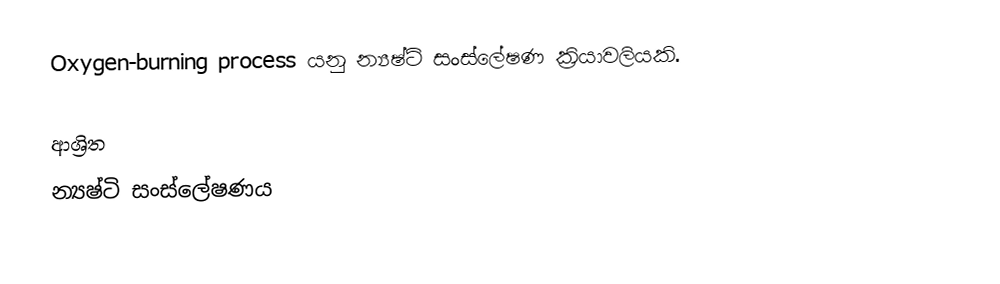
Oxygen-burning process යනු න්‍යෂ්ටි සංස්ලේෂණ ක්‍රියාවලියකි.

ආශ්‍රිත
 න්‍යෂ්ටි සංස්ලේෂණය